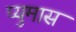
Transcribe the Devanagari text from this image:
प्युमास